Insane asylums Bombay 1873-77 - 1873-1877
Year: 1873
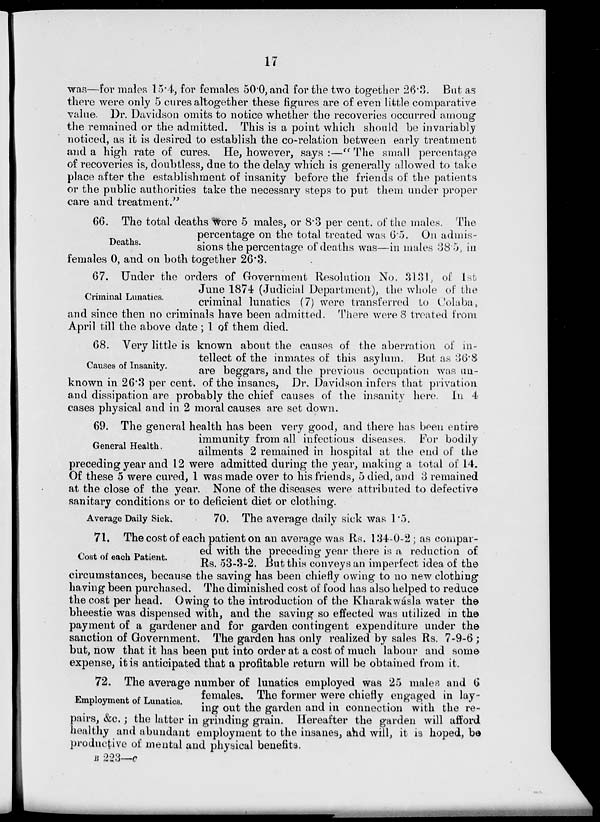
17
was—for males 15.4, for females 50.0, and for the two together 26.3. But as
there were only 5 cures altogether these figures are of even little comparative
value. Dr. Davidson omits to notice whether the recoveries occurred among
the remained or the admitted. This is a point which should be invariably
noticed, as it is desired to establish the co-relation between early treatment
and a high rate of cures. He, however, says :—" The small percentage
of recoveries is, doubtless, due to the delay which is generally allowed to take
place after the establishment of insanity before the friends of the patients
or the public authorities take the necessary steps to put them under proper
care and treatment."
Deaths.
66. The total deaths were 5 males, or 8.3 per cent. of the males. The
percentage on the total treated was 6.5. On admis-
sions the percentage of deaths was—in males 38.5, in
females 0, and on both together 26.3.
Criminal Lunatics.
67. Under the orders of Government Resolution No. 3131, of 1st
June 1874 (Judicial Department), the whole of the
criminal lunatics (7) were transferred to Colaba,
and since then no criminals have been admitted. There were 8 treated from
April till the above date ; 1 of them died.
Causes of Insanity.
68. Very little is known about the causes of the aberration of in-
tellect of the inmates of this asylum. But as 36.8
are beggars, and the previous occupation was un-
known in 26.3 per cent. of the insanes, Dr. Davidson infers that privation
and dissipation are probably the chief causes of the insanity here. In 4
cases physical and in 2 moral causes are set down.
General Health.
69. The general health has been very good, and there has been entire
immunity from all infectious diseases. For bodily
ailments 2 remained in hospital at the end of the
preceding year and 12 were admitted during the year, making a total of 14.
Of these 5 were cured, 1 was made over to his friends, 5 died, and 3 remained
at the close of the year. None of the diseases were attributed to defective
sanitary conditions or to deficient diet or clothing.
Average Daily Sick.
70. The average daily sick was 1.5.
Cost of each Patient.
71. The cost of each patient on an average was Rs. 134-0-2 ; as compar-
ed with the preceding year there is a reduction of
Rs. 53-3-2. But this conveys an imperfect idea of the
circumstances, because the saving has been chiefly owing to no new clothing
having been purchased. The diminished cost of food has also helped to reduce
the cost per head. Owing to the introduction of the Kharakwásla water the
bheestie was dispensed with, and the saving so effected was utilized in the
payment of a gardener and for garden contingent expenditure under the
sanction of Government. The garden has only realized by sales Rs. 7-9-6 ;
but, now that it has been put into order at a cost of much labour and some
expense, it is anticipated that a profitable return will be obtained from it.
Employment of Lunatics.
72. The average number of lunatics employed was 25 males and 6
females. The former were chiefly engaged in lay-
ing out the garden and in connection with the re-
pairs, &c.; the latter in grinding grain. Hereafter the garden will afford
healthy and abundant employment to the insanes, and will, it is hoped, be
productive of mental and physical benefits.
B 223—c